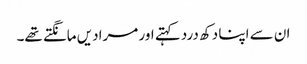
ان سے اپنا دکھ درد کہتے اور مرادیں مانگتے تھے۔